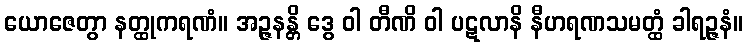
ယောဇေတွာ နတ္ထုကရဏံ။ အဉ္ဇနန္တိ ဒွေ ဝါ တီဏိ ဝါ ပဋလာနိ နီဟရဏသမတ္ထံ ခါရဉ္ဇနံ။